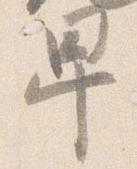
卑